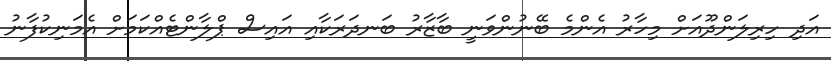
އަދި ހިރިލަންދޫއަށް މިހާރު އެންމެ ބޭނުންވަނީ ބާޒާރު ބަނދަރަކާއި އައިސް ޕްލާންޓެއްކަމަށް އެމަނިކުފާނު